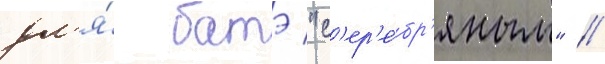
дл'я́ батэ "с'ер'е́бр'яным" //